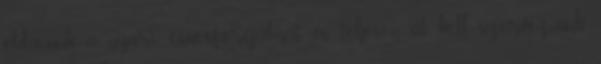
oldanunk a nyári csúcsforgalmat és teljesen át kell szerveznünk